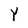
Character: Y